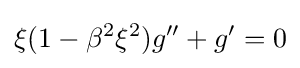
\xi (1-\beta ^{2}\xi ^{2})g''+g'=0